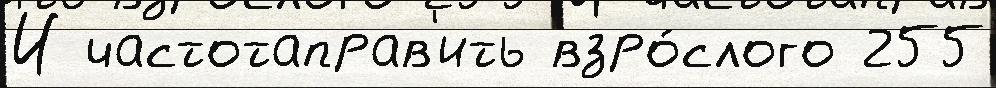
И частотаправ'ить взро́слого 255